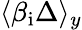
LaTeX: \langle\beta_{\mathrm{i}}\Delta\rangle_{y}